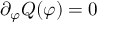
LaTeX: \partial _ { \varphi } Q ( \varphi ) = 0